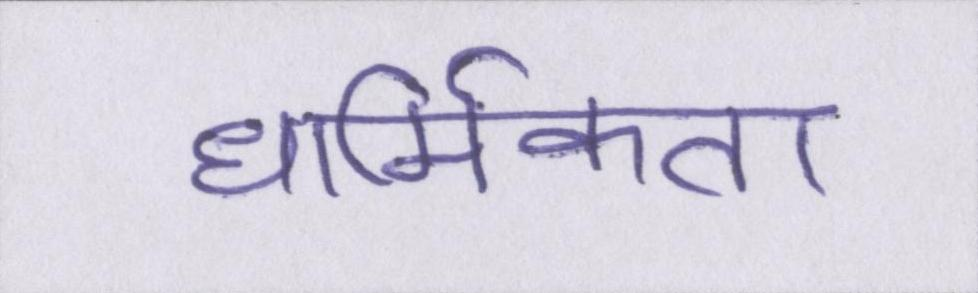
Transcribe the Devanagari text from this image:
धार्मिकता